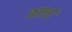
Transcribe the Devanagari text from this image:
कालरें